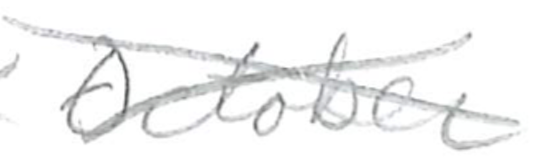
Text: October
Cross-out: cross
Writing tool: pencil